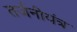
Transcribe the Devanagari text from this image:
तर्जनीयंत्र